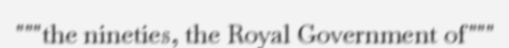
"""the nineties, the Royal Government of"""